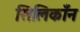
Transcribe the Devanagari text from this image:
सिलिकाँन